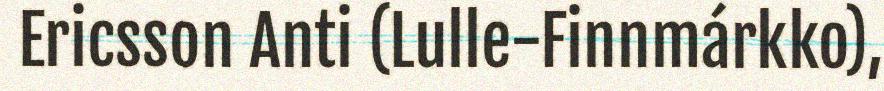
Ericsson Anti (Lulle-Finnmárkko),